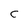
Character: C